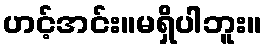
ဟင့်အင်း။မရှိပါဘူး။